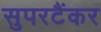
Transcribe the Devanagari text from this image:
सुपरटैंकर